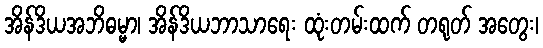
အိန်ဒိယအဘိဓမ္မာ၊ အိန်ဒိယဘာသာရေး ထုံးတမ်းထက် တရုတ် အတွေး၊